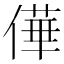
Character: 𠎑